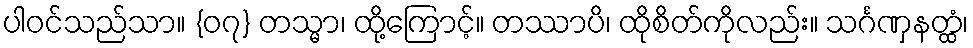
ပါဝင်သည်သာ။ {၀၇} တသ္မာ၊ ထို့ကြောင့်။ တဿာပိ၊ ထိုစိတ်ကိုလည်း။ သင်္ဂဏှနတ္ထံ၊